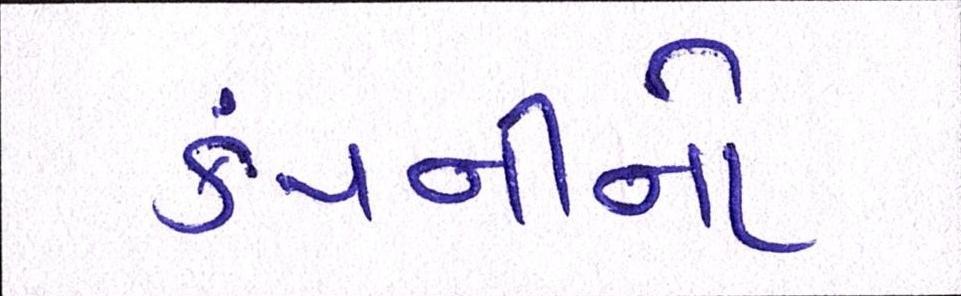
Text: કંપનીનો